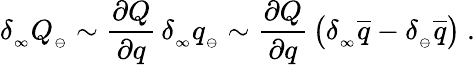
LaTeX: \delta_{_\infty}Q_{_{\ominus}}\sim{\frac{\partial Q}{\partial q}}\, \delta_{_\infty}q_{_{\ominus}}\sim{\frac{\partial Q}{\partial q}}\, \big(\delta_{_\infty}\overline{{{q}}}-\delta_{_\ominus}\overline{{{q}}}\big)\ .